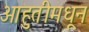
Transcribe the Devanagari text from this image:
आहुतीमधून